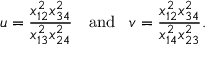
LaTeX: u = \frac { x _ { 1 2 } ^ { 2 } x _ { 3 4 } ^ { 2 } } { x _ { 1 3 } ^ { 2 } x _ { 2 4 } ^ { 2 } } \, \, \, \, \, \, \mathrm { a n d } \, \, \, \, \, v = \frac { x _ { 1 2 } ^ { 2 } x _ { 3 4 } ^ { 2 } } { x _ { 1 4 } ^ { 2 } x _ { 2 3 } ^ { 2 } } .